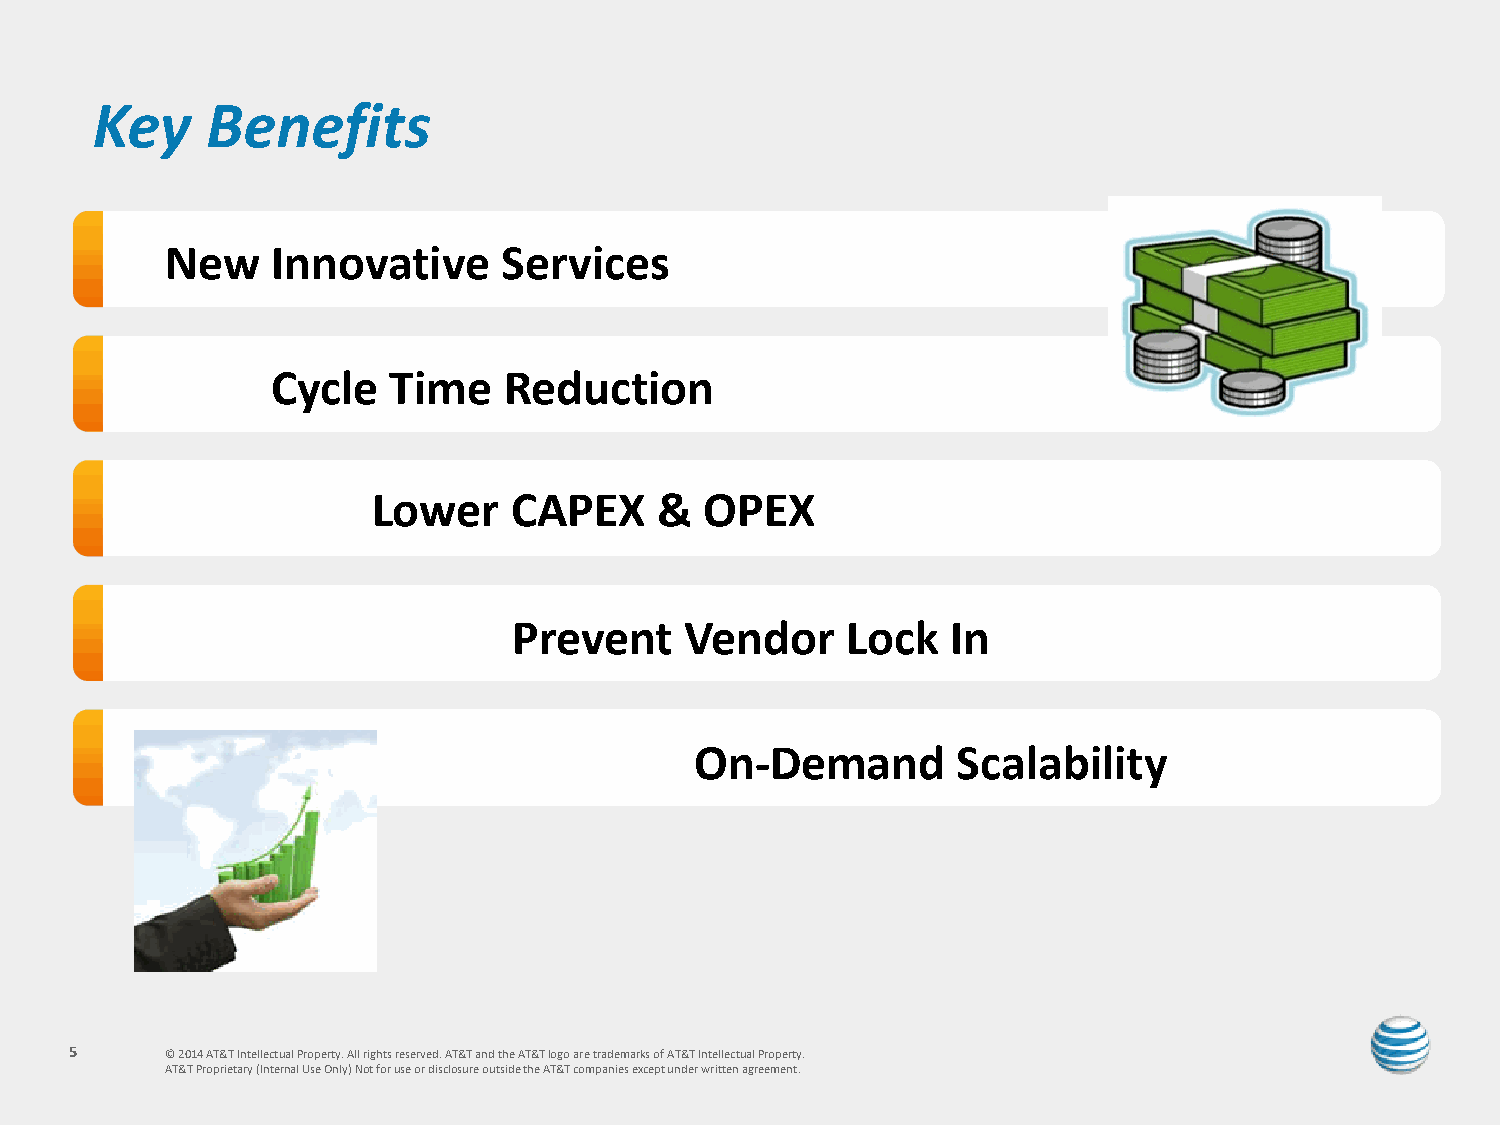
Key     Benefits
 New    Innovative     Services
 Cycle   Time   Reduction
 Lower    CAPEX     &  OPEX
 Prevent    Vendor     Lock   In
 On-Demand        Scalability
 5     © 2014 AT&T Intellectual Property. All rights reserved. AT&T and the AT&T logo are trademarks of AT&T Intellectual Property.
 AT&T Proprietary (Internal Use Only) Not for use or disclosure outside the AT&T companies except under written agreement.